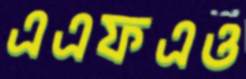
এএফএও